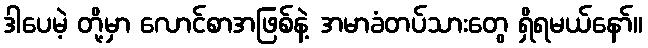
ဒါပေမဲ့ တို့မှာ လောင်စာအဖြစ်နဲ့ အမာခံတပ်သားတွေ ရှိရမယ်နော်။